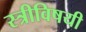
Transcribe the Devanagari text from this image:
स्त्रीविषयी